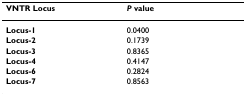
| VNTR Locus | P value |
 | --- | --- |
 | Locus-1 | 0.0400 |
 | Locus-2 | 0.1739 |
 | Locus-3 | 0.8365 |
 | Locus-4 | 0.4147 |
 | Locus-6 | 0.2824 |
 | Locus-7 | 0.8563 |